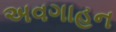
અવગાહન